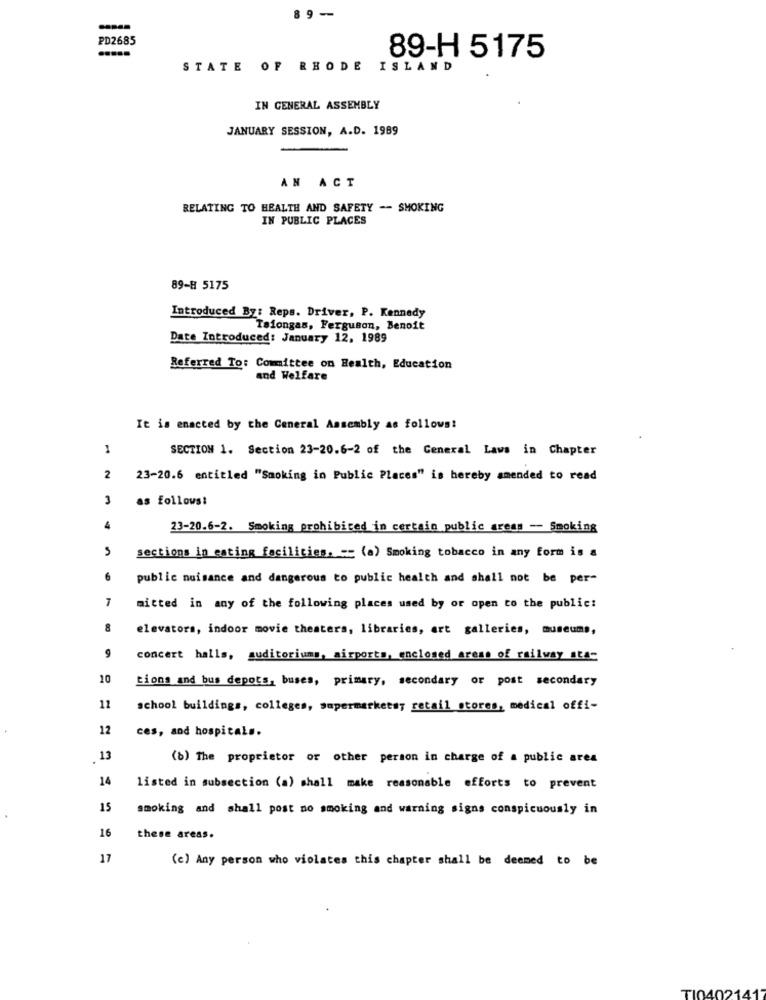
89-
PD2685
89-H 5175
STATE OF RHODE
ISLAND
IN GENERAL ASSEMBLY
JANUARY SESSION, A.D. 1989
AN ACT
RELATING TO HEALTH AND SAFETY -- SMOKING
IN PUBLIC PLACES
89-8 5175
Introduced By: Reps. Driver, P. Kennedy
Talongas, Ferguson, Benoit
Date Introduced: January 12, 1989
Referred To: Committee on Health, Education
and Welfare
It is enacted by the General Assembly as follows!
1
SECTION 1. Section 23-20.6-2 of the General Laws in Chapter
2
23-20.6 entitled "Smoking in Public Places" is hereby amended to read
3
as follows:
4
23-20.6-2. Smoking prohibited in certain public areas -- Smoking
sections in eating facilities, -- (a) Smoking tobacco in any form is a
6
public nuisance and dangerous to public health and shall not be per-
mitted in any of the following places used by or open to the public:
8
elevators, indoor movie theaters, libraries, art galleries, museums,
9
concert halls, auditoriums, airports, enclosed areas of railway sts-
10
Lions and bus depots, buses, primary, secondary or post secondary
11
school buildings, colleges, supermarketsy retail stores, medical offi-
12
ces, and hospitals.
.13
(b) The proprietor or other person in charge of a public ares
14
listed in subsection (a) shall make reasonable efforts to prevent
15
smoking and shall post no smoking and warning signs conspicuously in
16
these areas.
17
(c) Any person who violates this chapter shall be deemed to be
TI0402-